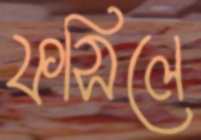
ফসিলে